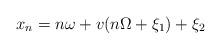
LaTeX: \begin{align*} x_n=n\omega+v(n\Omega+\xi_1)+\xi_2\end{align*}